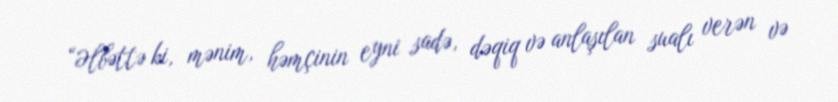
“Əlbəttə ki, mənim, həmçinin eyni sadə, dəqiq və anlaşılan sualı verən və